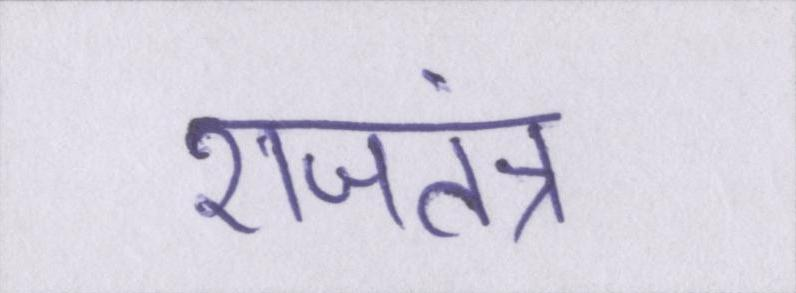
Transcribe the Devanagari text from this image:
राजतंत्र